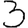
Digit: 3